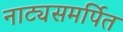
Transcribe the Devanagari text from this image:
नाट्यसमर्पित